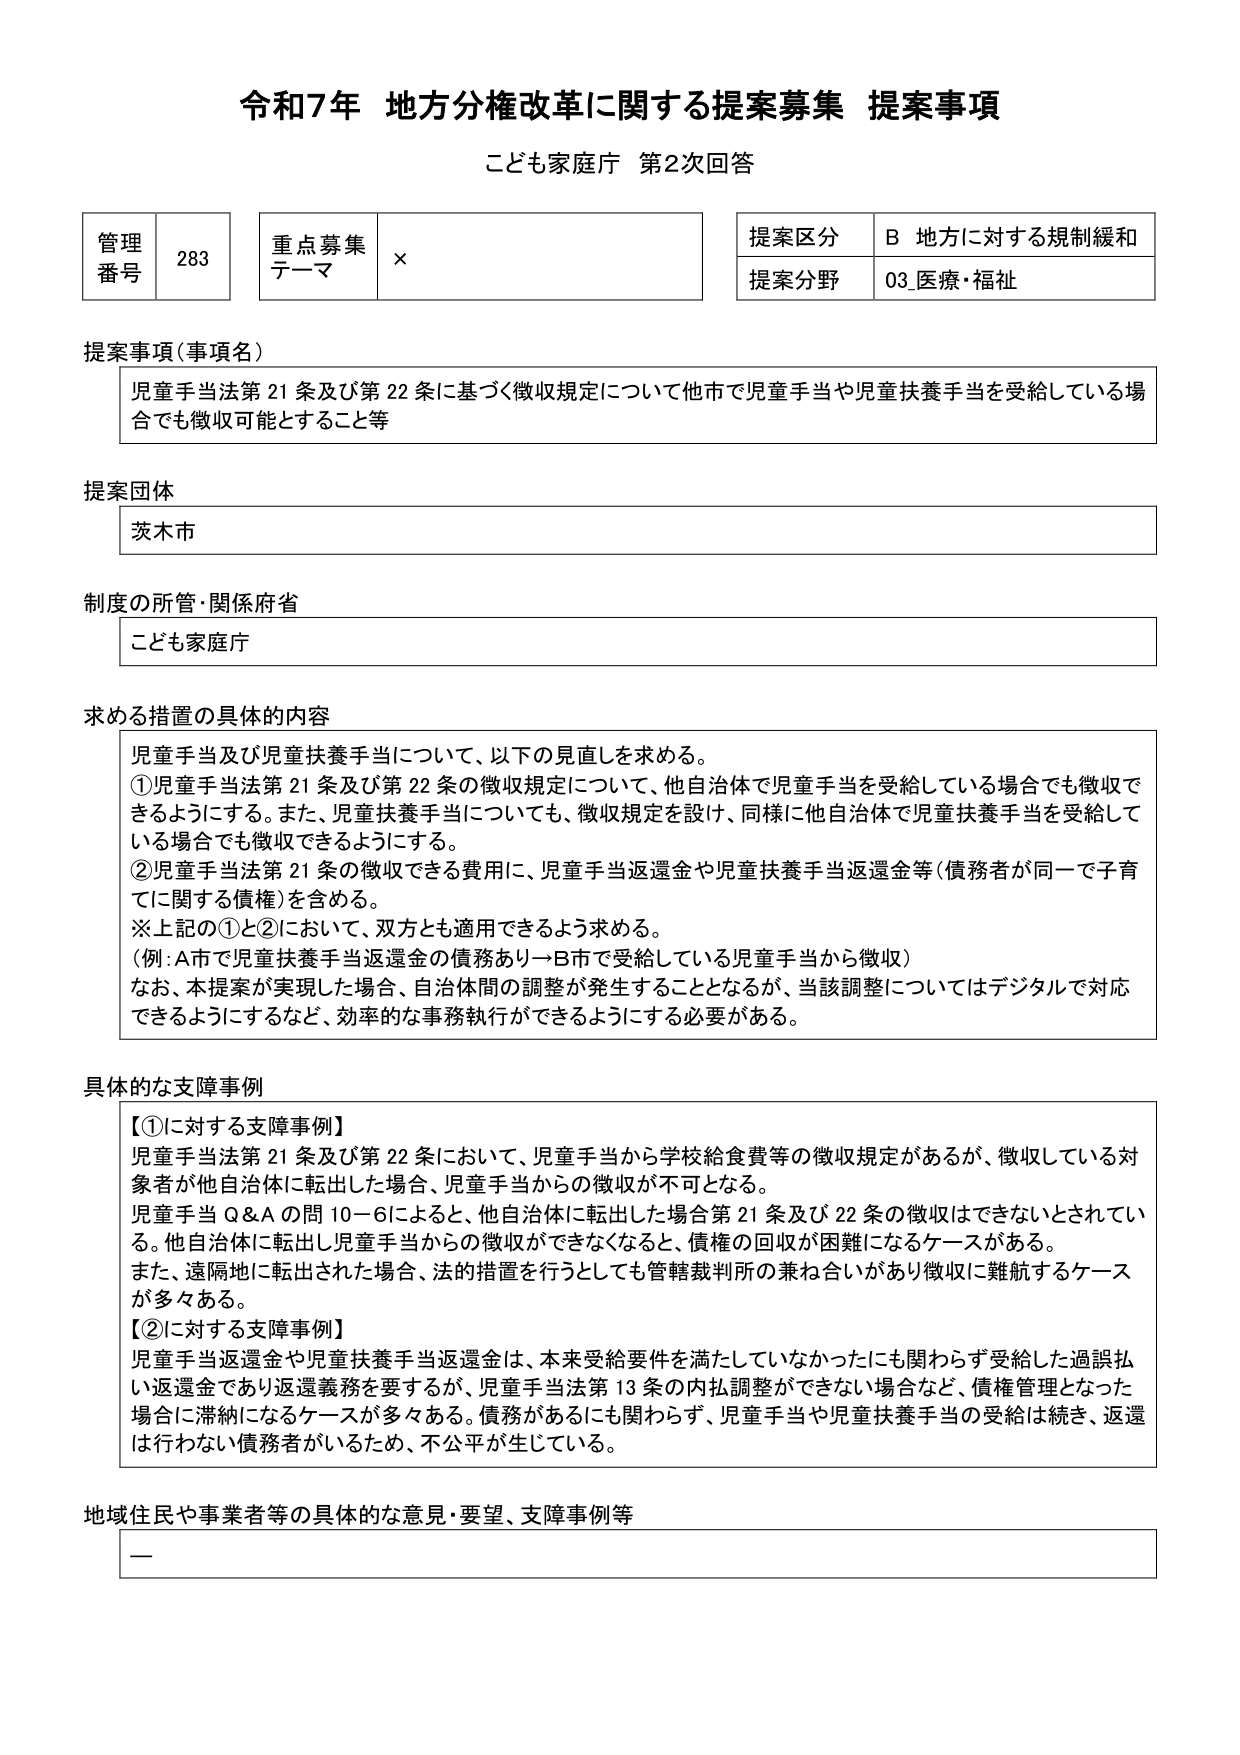
令和7年 地方分権改革に関する提案募集 提案事項
こども家庭庁 第2次回答

管理番号 283
重点募集テーマ ×
提案区分 B 地方に対する規制緩和
提案分野 03_医療・福祉

提案事項（事項名）
児童手当法第21条及び第22条に基づく徴収規定について他市で児童手当や児童扶養手当を受給している場合でも徴収可能とすること等

提案団体
茨木市

制度の所管・関係府省
こども家庭庁

求める措置の具体的な内容
児童手当及び児童扶養手当について、以下の見直しを求める。
①児童手当法第21条及び第22条の徴収規定について、他自治体で児童手当を受給している場合でも徴収できるようにする。また、児童扶養手当についても、徴収規定を設け、同様に他自治体で児童扶養手当を受給している場合でも徴収できるようにする。
②児童手当法第21条の徴収できる費用に、児童手当返還金や児童扶養手当返還金等（債務者が同一で子育てに関する債権）を含める。
※上記の①と②において、双方とも適用できるよう求める。
（例：A市で児童扶養手当返還金の債務あり→B市で受給している児童手当から徴収）
なお、本提案が実現した場合、自治体間の調整が発生することとなるが、当該調整についてはデジタルで対応できるようにするなど、効率的な事務執行ができるようにする必要がある。

具体的な支障事例
【①に対する支障事例】
児童手当法第21条及び第22条において、児童手当から学校給食費等の徴収規定があるが、徴収している対象者が他自治体に転出した場合、児童手当からの徴収が不可となる。
児童手当Q&Aの問10-6によると、他自治体に転出した場合第21条及び22条の徴収はできないとされている。他自治体に転出し児童手当からの徴収ができなくなると、債権の回収が困難になるケースがある。
また、遠隔地に転出された場合、法的措置を行うとしても管轄裁判所の兼ね合いがあり徴収に難航するケースが多々ある。
【②に対する支障事例】
児童手当返還金や児童扶養手当返還金は、本来受給要件を満たしていなかったにも関わらず受給した過誤払い返還金であり返還義務を要するが、児童手当法第13条の内払調整ができない場合など、債権管理となった場合に滞納になるケースが多々ある。債務があるにも関わらず、児童手当や児童扶養手当の受給は続き、返還は行われない債務者がいるため、不公平が生じている。

地域住民や事業者等の具体的な意見・要望、支障事例等
ー